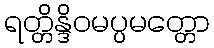
ရတ္တိန္ဒိဝမပ္ပမတ္တော